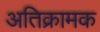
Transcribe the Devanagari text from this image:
अतिक्रामक